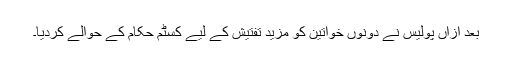
بعد ازاں پولیس نے دونوں خواتین کو مزید تفتیش کے لیے کسٹم حکام کے حوالے کردیا۔